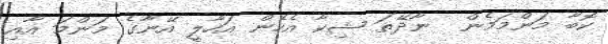
ކޮބާ މަންމަމެން  ނާދޭތަ ޝިކާ އެހެން އަހާލީ އޭނާގެ މަންމަ އާއި